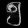
Digit: ၅